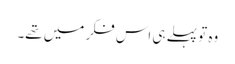
وہ تو پہلے ہی اس فکر میں تھے۔